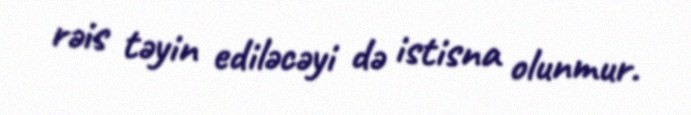
rəis təyin ediləcəyi də istisna olunmur.